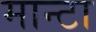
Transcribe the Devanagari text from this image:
मान्टा